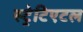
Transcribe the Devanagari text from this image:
स्ट्रेटिएटल